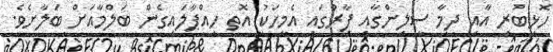
ހޮޅިބުރި އާއި ދިމާ ސީލިންގާއި ފާރުގައި އެމީހަކު އޮތީ ހިއްޕާލައިގެން ބަލްމާއަށް ބަލާށެވެ.